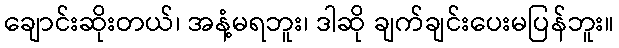
ချောင်းဆိုးတယ်၊ အနံ့မရဘူး၊ ဒါဆို ချက်ချင်းပေးမပြန်ဘူး။